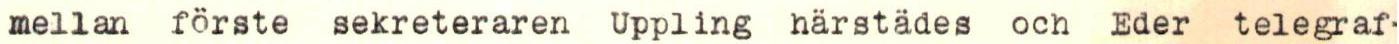
mellan förste sekreteraren Uppling härstädes och Eder telegraf-